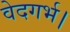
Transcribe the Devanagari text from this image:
वेदगर्भ।